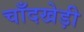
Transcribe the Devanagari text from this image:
चाँदखेड़ी